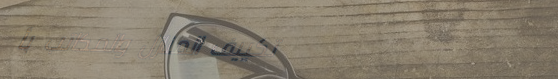
تكييف المنازل والمكاتب بأ